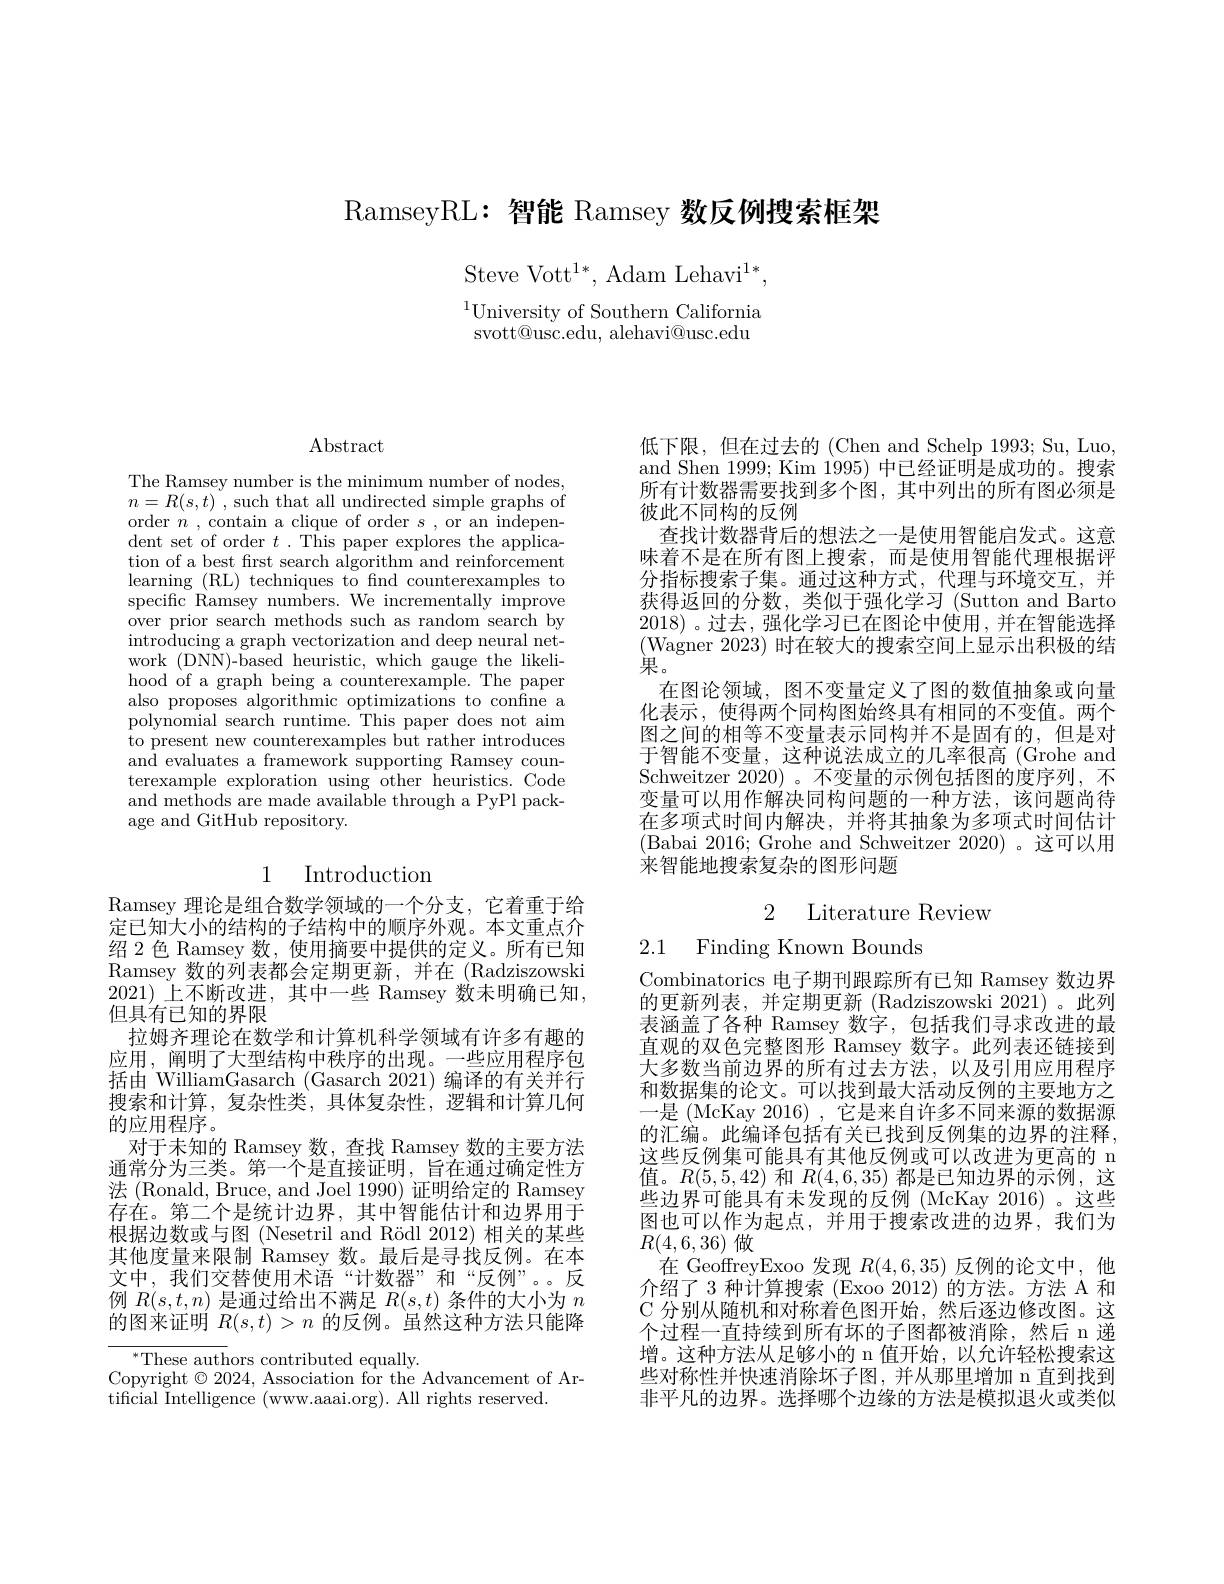
RamseyRL: 智能 Ramsey 数反例搜索框架

Steve Vott$^1*$,Adam Lehavi$^1*$,

$^{1}$University of Southern California svott@usc.edu, alehavi@usc.edu

$\operatorname{Abstract}$

The Ramsey number is the minimum number of nodes, $n= R( s, t)$ , such that all undirected simple graphs of order $n$ , contain a clique of order $s$ ,or an independent set of order $t.$ This paper explores the application of a best frst search algorithm and reinforcement learning (RL) techniques to find counterexamples to specific Ramsey numbers. We incrementally improve over prior search methods such as random search by introducing a graph vectorization and deep neural network (DNN)-based heuristic, which gauge the likelihood of a graph being a counterexample. The paper also proposes algorithmic optimizations to confine a polynomial search runtime. This paper does not aim to present new counterexamples but rather introduces and evaluates a framework supporting Ramsey counterexample exploration using other heuristics. Code and methods are made available through a PyPl package and GitHub repository.

## 1 Introduction

Ramsey 理论是组合数学领域的一个分支，它着重于给定已知大小的结构的子结构中的顺序外观。本文重点介绍 2 色 Ramsey 数，使用摘要中提供的定义。所有已知Ramsey数的列表都会定期更新，并在(Radziszowski 2021) 上不断改进，其中一些 Ramsey 数未明确已知， 但具有已知的界限
拉姆齐理论在数学和计算机科学领域有许多有趣的应用，阐明了大型结构中秩序的出现。一些应用程序包括由 WilliamGasarch (Gasarch 2021) 编译的有关并行搜索和计算，复杂性类，具体复杂性，逻辑和计算几何的应用程序。
对于未知的 Ramsey 数，查找 Ramsey 数的主要方法通常分为三类。第一个是直接证明，旨在通过确定性方法 (Ronald, Bruce, and Joel 1990) 证明给定的 Ramsey 存在。第二个是统计边界，其中智能估计和边界用于根据边数或与图 (Nesetril and Rödl 2012) 相关的某些其他度量来限制 Ramsey 数。最后是寻找反例。在本文中，我们交替使用术语“计数器”和“反例”。。反例$R(s,t,n)$是通过给出不满足$R(s,t)$条件的大小为$n$ 的图来证明$R(s,t)>n$的反例。虽然这种方法只能降

$^*$These authors contributed equally.
Copyright $\odot2024$, Association for the Advancement of Ar-
tificial Intelligence (www.aaai.org). All rights reserved.

低下限，但在过去的 (Chen and Schelp 1993; Su, Luo, and Shen 1999; Kim 1995) 中已经证明是成功的。搜索所有计数器需要找到多个图，其中列出的所有图必须是彼此不同构的反例
查找计数器背后的想法之一是使用智能启发式。这意味着不是在所有图上搜索，而是使用智能代理根据评分指标搜索子集。通过这种方式，代理与环境交互，并获得返回的分数，类似于强化学习 (Sutton and Barto 2018) 。过去，强化学习已在图论中使用 , 并在智能选择(Wagner 2023) 时在较大的搜索空间上显示出积极的结果。
在图论领域，图不变量定义了图的数值抽象或向量化表示，使得两个同构图始终具有相同的不变值。两个图之间的相等不变量表示同构并不是固有的，但是对于智能不变量，这种说法成立的几率很高(Grohe and Schweitzer 2020) 。不变量的示例包括图的度序列，不变量可以用作解决同构问题的一种方法，该问题尚待在多项式时间内解决，并将其抽象为多项式时间估计(Babai 2016; Grohe and Schweitzer 2020)。这可以用来智能地搜索复杂的图形问题

2 Literature Review

2.1 Finding Known Bounds

Combinatorics 电子期刊跟踪所有已知 Ramsey 数边界的更新列表，并定期更新 (Radziszowski 2021)。此列表涵盖了各种 Ramsey 数字，包括我们寻求改进的最直观的双色完整图形 Ramsey 数字。此列表还链接到大多数当前边界的所有过去方法，以及引用应用程序和数据集的论文。可以找到最大活动反例的主要地方之一是 (McKay 2016) , 它是来自许多不同来源的数据源的汇编。此编译包括有关已找到反例集的边界的注释， 这些反例集可能具有其他反例或可以改进为更高的 n 值。$R(5,5,42)$和$R(4,6,35)$都是已知边界的示例，这些边界可能具有未发现的反例 (McKay 2016)。这些图也可以作为起点，并用于搜索改进的边界，我们为$R(4,6,36)$做
在 GeoffreyExoo 发现$R(4,6,35)$反例的论文中，他介绍了 3 种计算搜索 (Exoo 2012) 的方法。方法 A 和C 分别从随机和对称着色图开始，然后逐边修改图。这个过程一直持续到所有坏的子图都被消除，然后 n 递增。这种方法从足够小的 n 值开始，以允许轻松搜索这些对称性并快速消除坏子图，并从那里增加 n 直到找到非平凡的边界。选择哪个边缘的方法是模拟退火或类似